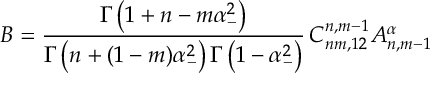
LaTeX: B = \frac { \Gamma \left( 1 + n - m \alpha _ { - } ^ { 2 } \right) } { \Gamma \left( n + ( 1 - m ) \alpha _ { - } ^ { 2 } \right) \Gamma \left( 1 - \alpha _ { - } ^ { 2 } \right) } \, C _ { n m , 1 2 } ^ { n , m - 1 } A _ { n , m - 1 } ^ { \alpha }